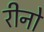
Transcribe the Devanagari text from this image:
रीनो